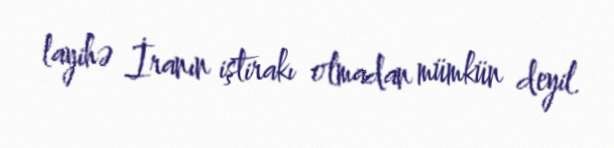
layihə İranın iştirakı olmadan mümkün deyil.